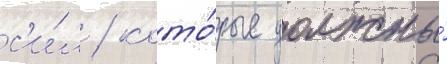
с'и́л / кото́рые должны́